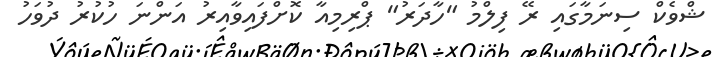
ޝްވެކް ސިނަމާގައި ރޭ ފިލްމު "ހާދަރު" ޕްރިމިއާ ކޮށްފައިވާއިރު އަންނަ ހުކުރު ދުވަހު